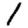
Digit: 1